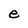
Character: e